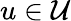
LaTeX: u\in{\mathcal{U}}